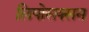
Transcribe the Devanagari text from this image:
लिपोसक्सन